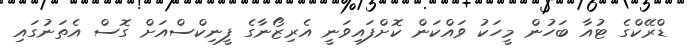
ޑްރޭކްގެ ޓުއާ ބަހުން މީހަކު ވައްކަން ކޮށްފައިވަނީ އެރިޒޯނާގެ ފީނިކްސްއަށް ގޮސް އެތަނުގައި